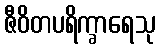
ဇီဝိတပရိက္ခာရေသု